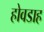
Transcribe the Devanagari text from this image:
होवडाह